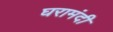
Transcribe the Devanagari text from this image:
घरामंदी